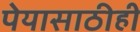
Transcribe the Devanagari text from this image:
पेयासाठीही